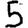
Digit: 5